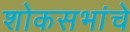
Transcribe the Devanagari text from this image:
शोकसभांचे